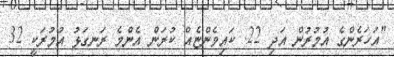
"އަހަރެންގެ އުމުރުން އަދި 22. ކައިވެންޏެއް ކުރަން އެންމެ ރަނގަޅު އުމުރަކީ 32